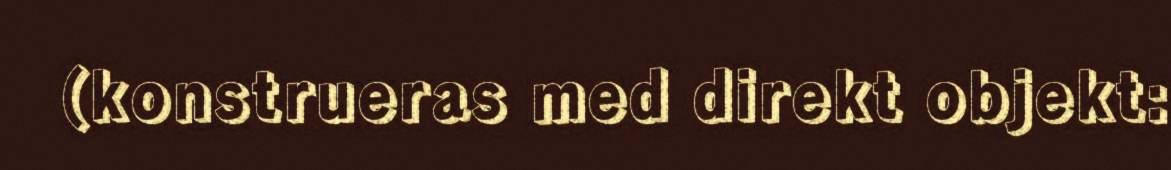
(konstrueras med direkt objekt: